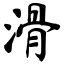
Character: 滑